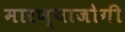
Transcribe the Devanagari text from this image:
मारण्याजोगी